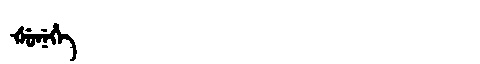
Manchu: ᡧᡠᠨᡝᡥᡝ
Romanization: ŠUNEHE